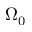
\Omega _ { 0 }